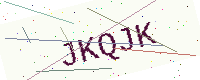
Text: JKQJK